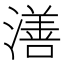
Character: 㵛